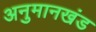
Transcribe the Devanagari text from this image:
अनुमानखंड